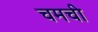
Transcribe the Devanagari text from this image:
चमची